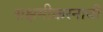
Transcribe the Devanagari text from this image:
सक्षमीकरनाची